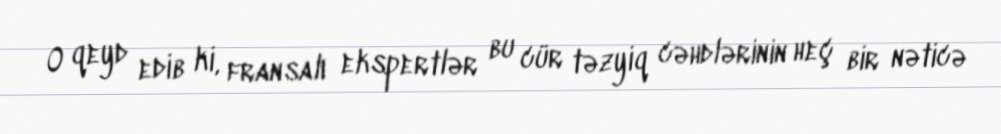
O qeyd edib ki, fransalı ekspertlər bu cür təzyiq cəhdlərinin heç bir nəticə